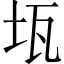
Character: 𤬪